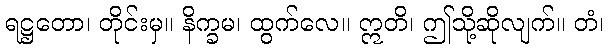
ရဋ္ဌတော၊ တိုင်းမှ။ နိက္ခမ၊ ထွက်လေ။ ဣတိ၊ ဤသို့ဆိုလျက်။ တံ၊